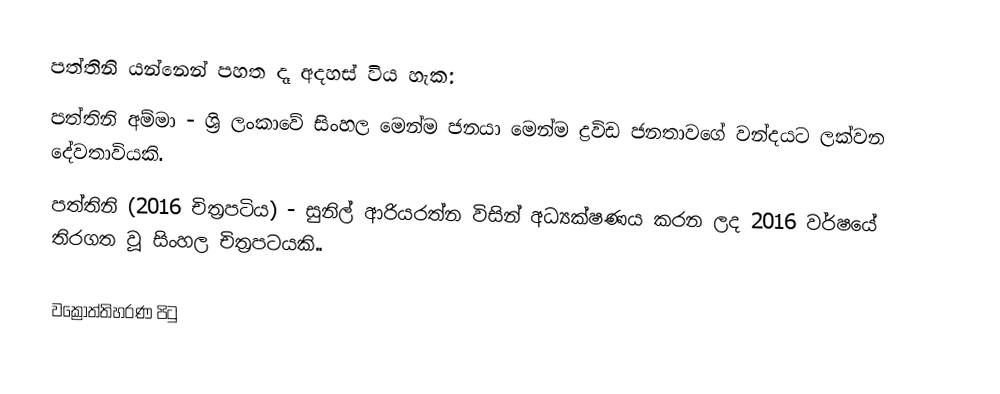
පත්තිනි යන්නෙන් පහත දෑ අදහස් විය හැක:
 පත්තිනි අම්මා - ශ්‍රි ලංකාවේ සිංහල මෙන්ම ජනයා මෙන්ම ද්‍රවිඩ ජනතාවගේ වන්දයට ලක්වන දේවතාවියකි.
 පත්තිනි (2016 චිත්‍රපටිය) - සුනිල් ආරියරත්න විසින් අධ්‍යක්ෂණය කරන ලද 2016 වර්ෂයේ තිරගත වූ සිංහල චිත්‍රපටයකි..

වක්‍රෝත්තිහරණ පිටු